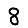
Digit: 8